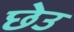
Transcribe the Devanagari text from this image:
छेउ